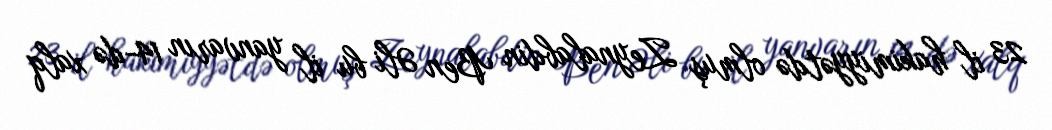
23 il hakimiyyətdə olmuş Zeynalabdin Ben Əli bu il yanvarın 14-də xalq